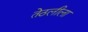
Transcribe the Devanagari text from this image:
तेठलीला